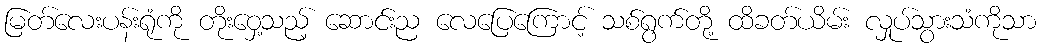
မြတ်လေးပန်းရုံကို တိုးဝှေ့သည့် ဆောင်းည လေပြေကြောင့် သစ်ရွက်တို့ ထိခတ်ယိမ်း လှုပ်သွားသံကိုသာ